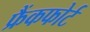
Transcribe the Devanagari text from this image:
फ्रैंकफोर्ट